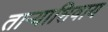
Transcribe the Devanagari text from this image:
ताऱ्याशिवाय